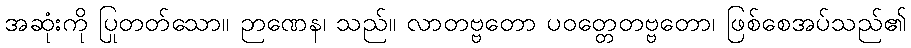
အဆုံးကို ပြုတတ်သော။ ဉာဏေန၊ သည်။ လာတဗ္ဗတော ပဝတ္တေတဗ္ဗတော၊ ဖြစ်စေအပ်သည်၏